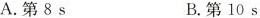
A.第8 s B.第10 s